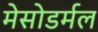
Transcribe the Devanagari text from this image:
मेसोडर्मल